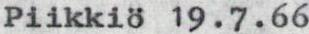
Piikkiö 19.7.66